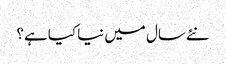
نئےسال میں نیا کیا ہے؟